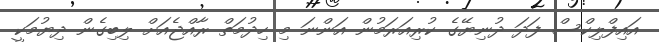
އައިފްލިކްސް ފަދަ ދުނިޔޭގެ ކުރިއަރަމުން އަންނަ މި ހިދުމަތް ރާއްޖެއަށް ލިބިގެން ދިޔުމަކީ